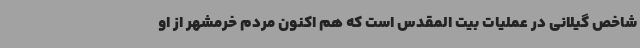
شاخص گیلانی در عملیات بیت المقدس است که هم اکنون مردم خرمشهر از او